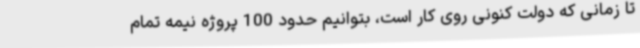
تا زمانی که دولت کنونی روی کار است، بتوانیم حدود 100 پروژه نیمه تمام